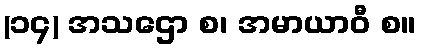
(၁၄) အသဌော စ၊ အမာယာဝီ စ။